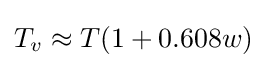
T_{v}\approx T(1+0.608w)